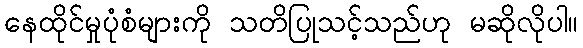
နေထိုင်မှုပုံစံများကို သတိပြုသင့်သည်ဟု မဆိုလိုပါ။